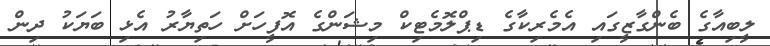
ލީބިއާގެ ބެންގާޒީގައި އެމެރިކާގެ ޑިޕްލޮމެޓިކް މިޝަންގެ އޮފީހަށް ހަތިޔާރު އެޅި ބަޔަކު ދިން